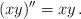
LaTeX: \begin{align*}(xy)'' = xy\,.\end{align*}